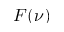
F ( \nu )